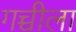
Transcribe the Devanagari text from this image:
गच्चीला